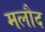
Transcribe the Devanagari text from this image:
मलौद